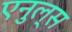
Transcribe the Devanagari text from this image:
एनुल्स